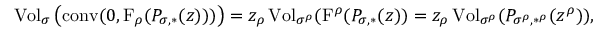
\operatorname { V o l } _ { \sigma } \big ( \mathrm { c o n v } ( 0 , \mathrm { F } _ { \rho } ( P _ { \sigma , * } ( z ) ) ) \big ) = z _ { \rho } \operatorname { V o l } _ { \sigma ^ { \rho } } ( \mathrm { F } ^ { \rho } ( P _ { \sigma , * } ( z ) ) = z _ { \rho } \operatorname { V o l } _ { \sigma ^ { \rho } } ( P _ { \sigma ^ { \rho } , * ^ { \rho } } ( z ^ { \rho } ) ) ,